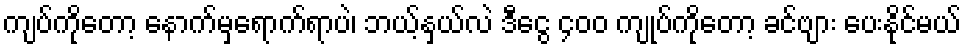
ကျပ်ကိုတော့ နောက်မှရောက်ရာပဲ၊ ဘယ့်နှယ်လဲ ဒီငွေ ၄၀၀ ကျုပ်ကိုတော့ ခင်ဗျား ပေးနိုင်မယ်